Annual vaccination report of Bihar and Orissa - 1911-1928
Year: 1911
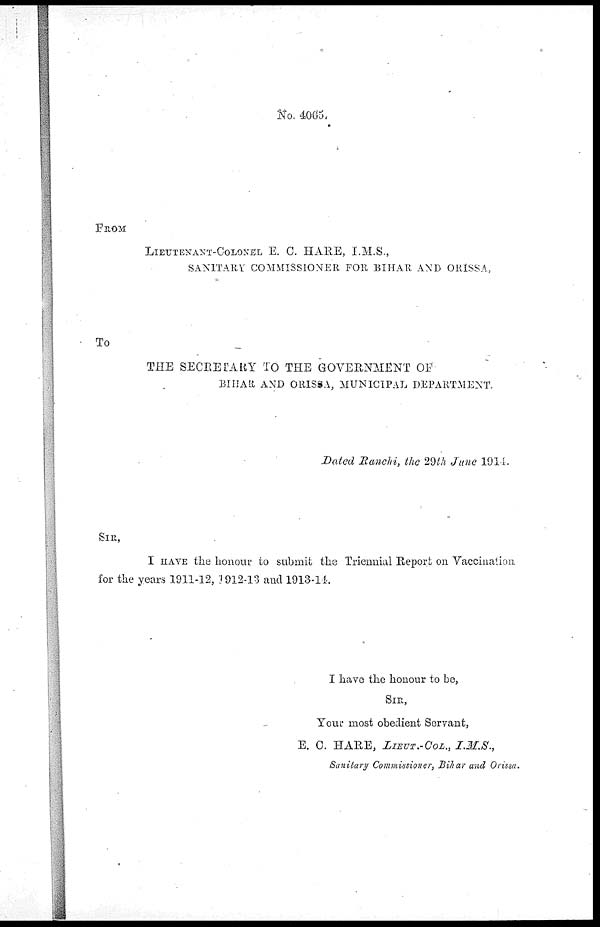
No. 4,065.
FROM
LIEUTENANT-COLONEL E. C. HARE, I.M.S.,
SANITARY COMMISSIONER FOR BIHAR AND ORISSA,
TO
THE SECRETARY TO THE GOVERNMENT OF
BIHAR AND ORISSA, MUNICIPAL DEPARTMENT.
Dated Ranchi, the 29th June 1914.
SIR,
I HAVE the honour to submit the Triennial Report on Vaccination
for the years 1911-12, 1912-13 and 1913-14
I have the honour to be,
SIR,
Your most obedient Servant,
E. C. HARE, LIEUT.-COL.,
I.M.S.,
Sanitary Commissioner, Bihar and Orissa.